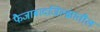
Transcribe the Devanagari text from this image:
फैजाबादजिल्ह्यातील